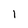
Character: 1